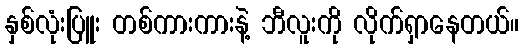
နှစ်လုံးပြူး တစ်ကားကားနဲ့ ဘီလူးကို လိုက်ရှာနေတယ်။